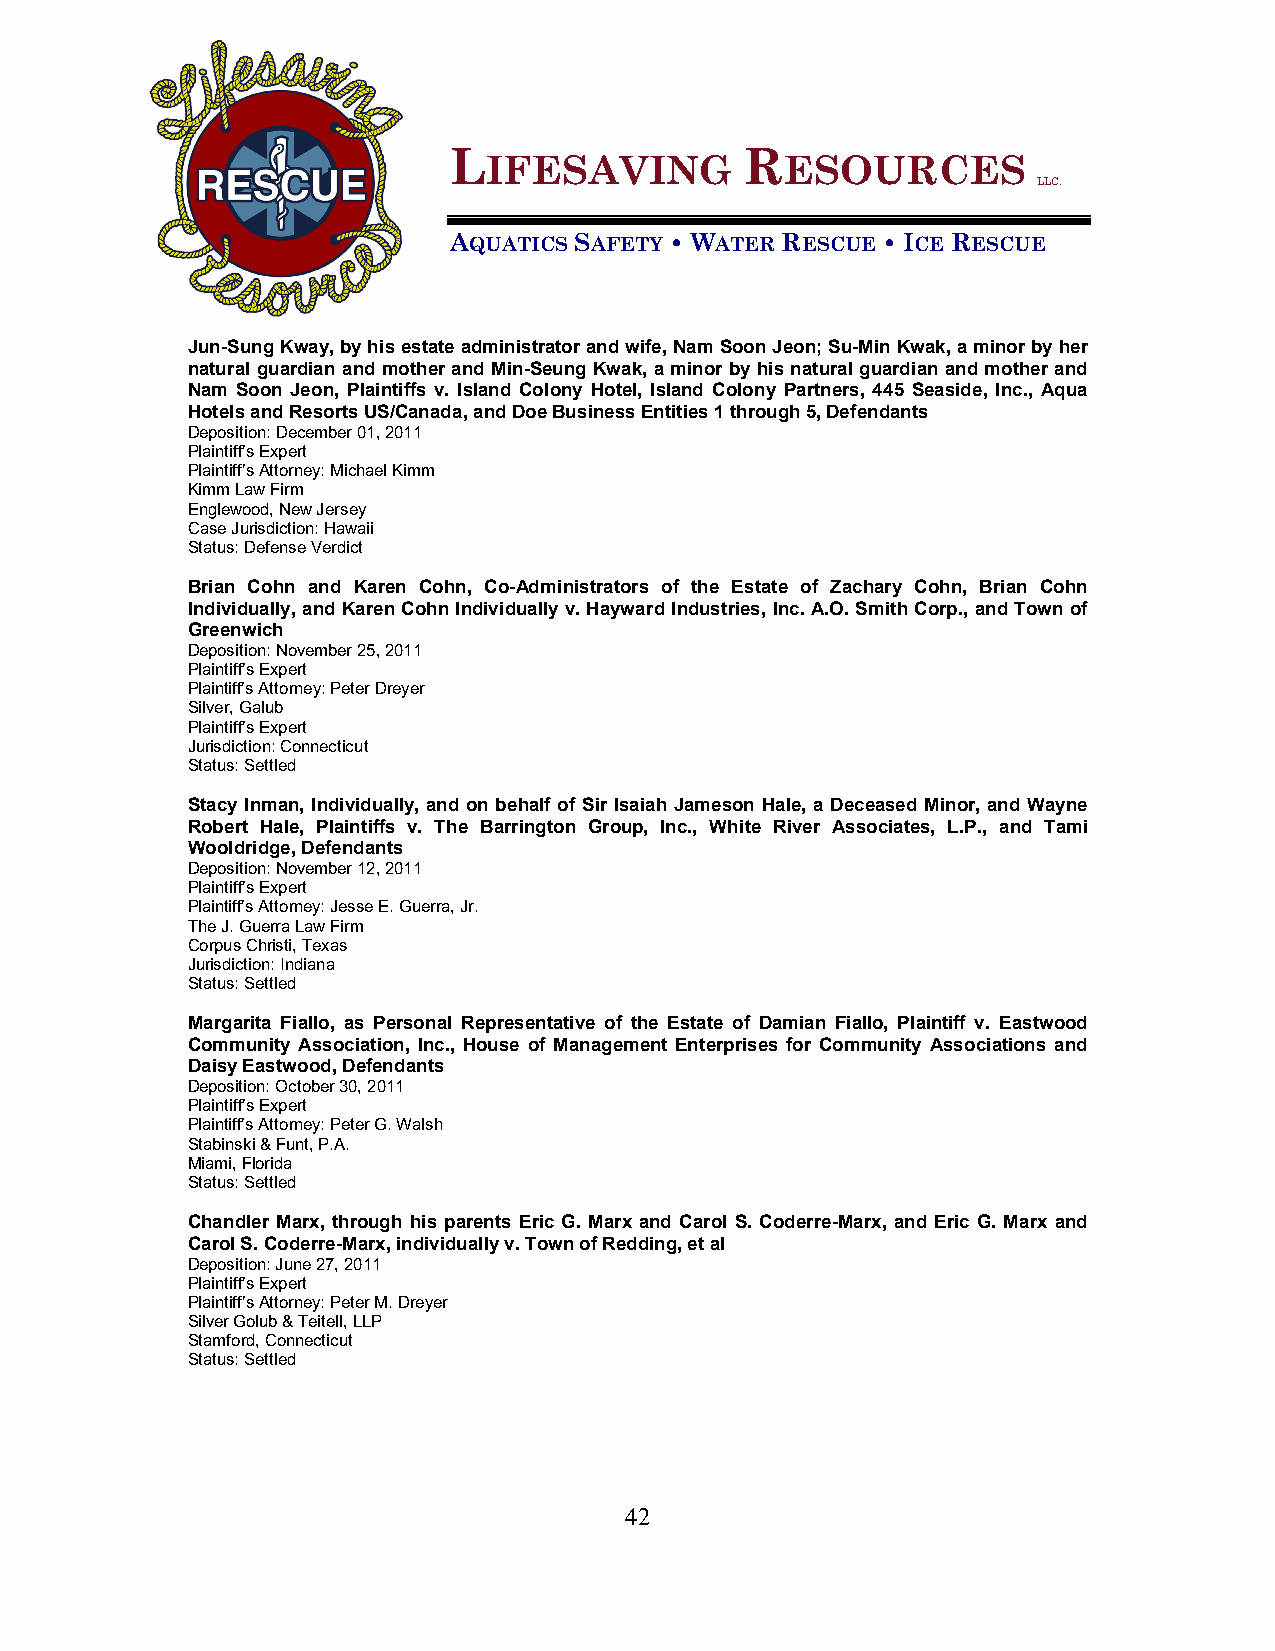
L                  R
 IFESAVING           ESOURCES
 LLC.
 AQUATICS SAFETY • WATER RESCUE • ICE RESCUE
 Jun-Sung Kway, by his estate administrator and wife, Nam Soon Jeon; Su-Min Kwak, a minor by her
 natural guardian and mother and Min-Seung Kwak, a minor by his natural guardian and mother and
 Nam Soon Jeon, Plaintiffs v. Island Colony Hotel, Island Colony Partners, 445 Seaside, Inc., Aqua
 Hotels and Resorts US/Canada, and Doe Business Entities 1 through 5, Defendants
 Deposition: December 01, 2011
 Plaintiff’s Expert
 Plaintiff’s Attorney: Michael Kimm
 Kimm Law Firm
 Englewood, New Jersey
 Case Jurisdiction: Hawaii
 Status: Defense Verdict
 Brian Cohn and Karen Cohn, Co-Administrators of the Estate of Zachary Cohn, Brian Cohn
 Individually, and Karen Cohn Individually v. Hayward Industries, Inc. A.O. Smith Corp., and Town of
 Greenwich
 Deposition: November 25, 2011
 Plaintiff’s Expert
 Plaintiff’s Attorney: Peter Dreyer
 Silver, Galub
 Plaintiff’s Expert
 Jurisdiction: Connecticut
 Status: Settled
 Stacy Inman, Individually, and on behalf of Sir Isaiah Jameson Hale, a Deceased Minor, and Wayne
 Robert Hale, Plaintiffs v. The Barrington Group, Inc., White River Associates, L.P., and Tami
 Wooldridge, Defendants
 Deposition: November 12, 2011
 Plaintiff’s Expert
 Plaintiff’s Attorney: Jesse E. Guerra, Jr.
 The J. Guerra Law Firm
 Corpus Christi, Texas
 Jurisdiction: Indiana
 Status: Settled
 Margarita Fiallo, as Personal Representative of the Estate of Damian Fiallo, Plaintiff v. Eastwood
 Community Association, Inc., House of Management Enterprises for Community Associations and
 Daisy Eastwood, Defendants
 Deposition: October 30, 2011
 Plaintiff’s Expert
 Plaintiff’s Attorney: Peter G. Walsh
 Stabinski & Funt, P.A.
 Miami, Florida
 Status: Settled
 Chandler Marx, through his parents Eric G. Marx and Carol S. Coderre-Marx, and Eric G. Marx and
 Carol S. Coderre-Marx, individually v. Town of Redding, et al
 Deposition: June 27, 2011
 Plaintiff’s Expert
 Plaintiff’s Attorney: Peter M. Dreyer
 Silver Golub & Teitell, LLP
 Stamford, Connecticut
 Status: Settled
 42